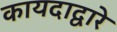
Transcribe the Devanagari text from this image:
कायदाद्वारे